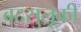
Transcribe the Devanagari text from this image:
बदसुलूकी